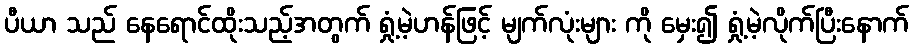
ပီယာ သည် နေရောင်ထိုးသည့်အတွက် ရှုံ့မဲ့ဟန်ဖြင့် မျက်လုံးများ ကို မှေး၍ ရှုံ့မဲ့လိုက်ပြီးနောက်